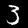
Label: 3